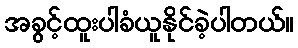
အခွင့်ထူးပါခံယူနိုင်ခဲ့ပါတယ်။